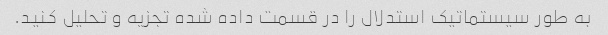
به طور سیستماتیک استدلال را در قسمت داده شده تجزیه و تحلیل کنید.